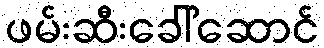
ဖမ်းဆီးခေါ်ဆောင်